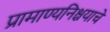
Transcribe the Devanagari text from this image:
प्रामाण्यनिश्चयाचे